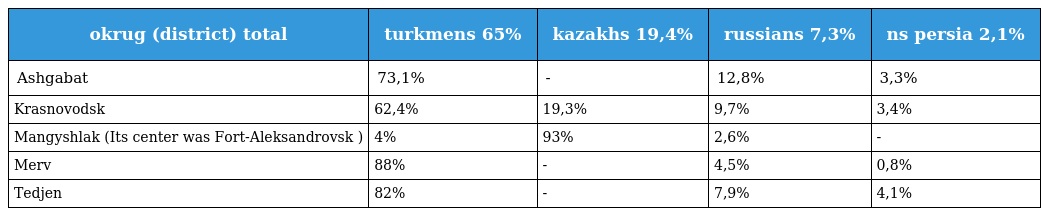
| okrug (district) total | turkmens 65% | kazakhs 19,4% | russians 7,3% | ns persia 2,1% |
 | --- | --- | --- | --- | --- |
 | Ashgabat | 73,1% | - | 12,8% | 3,3% |
 | Krasnovodsk | 62,4% | 19,3% | 9,7% | 3,4% |
 | Mangyshlak (Its center was Fort-Aleksandrovsk ) | 4% | 93% | 2,6% | - |
 | Merv | 88% | - | 4,5% | 0,8% |
 | Tedjen | 82% | - | 7,9% | 4,1% |